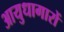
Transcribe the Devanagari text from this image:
आयुधागारों